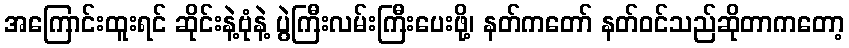
အကြောင်းထူးရင် ဆိုင်းနဲ့ဗုံနဲ့ ပွဲကြီးလမ်းကြီးပေးဖို့၊ နတ်ကတော် နတ်ဝင်သည်ဆိုတာကတော့